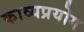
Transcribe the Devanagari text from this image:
काव्यप्रयोग